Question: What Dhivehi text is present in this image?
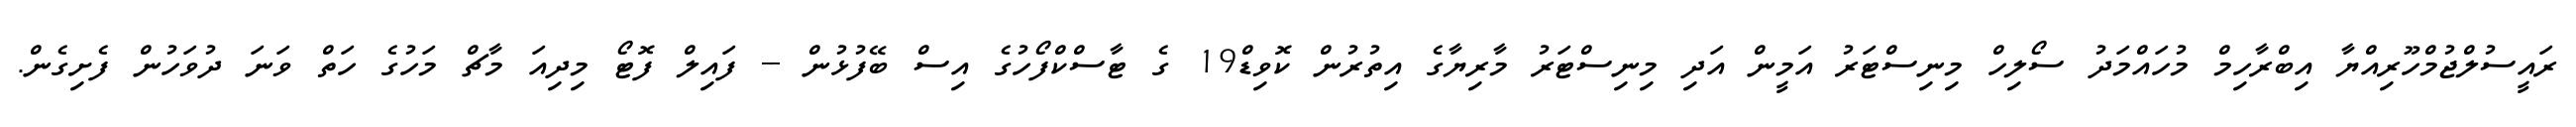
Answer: ރައީސުލްޖުމްހޫރިއްޔާ އިބްރާހިމް މުހައްމަދު ސޯލިހް މިނިސްޓަރު އަމީން އަދި މިނިސްޓަރު މާރިޔާގެ އިތުރުން ކޮވިޑް19 ގެ ޓާސްކްފޯހުގެ އިސް ބޭފުޅުން -- ފައިލް ފޮޓޯ މިދިއަ މާޗް މަހުގެ ހަތް ވަނަ ދުވަހުން ފެށިގެން.